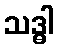
သဒ္ဓါ